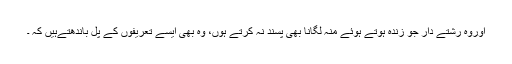
اوروہ رشتے دار جو زندہ ہوتے ہوئے منہ لگانا بھی پسند نہ کرتے ہوں، وہ بھی ایسے تعریفوں کے پل باندھتےہیں کہ ۔